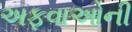
અફવાઓની